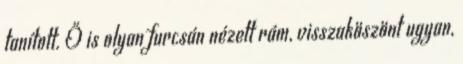
tanított. Ő is olyan furcsán nézett rám, visszaköszönt ugyan,